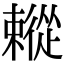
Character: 𢖗